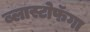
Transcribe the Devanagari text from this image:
ब्लास्टोफॅगा